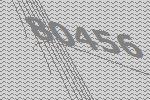
80456